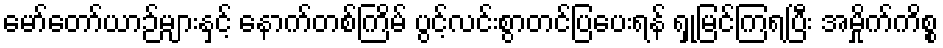
မော်တော်ယာဉ်များနှင့် နောက်တစ်ကြိမ် ပွင့်လင်းစွာတင်ပြပေးရန် ရှုမြင်ကြရပြီး အမှိုက်ကိစ္စ